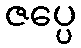
ဇပ္ပေ